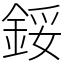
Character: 鋖